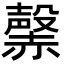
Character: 𧹷